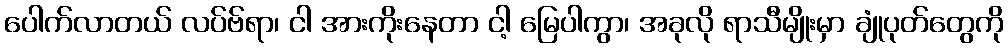
ပေါက်လာတယ် လပ်ဗ်ရာ၊ ငါ အားကိုးနေတာ ငါ့ မြေပါကွာ၊ အခုလို ရာသီမျိုးမှာ ချုံပုတ်တွေကို